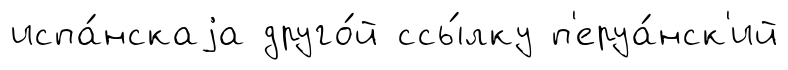
испа́нскаjа друго́й ссы́лку п'еруа́нск'ий